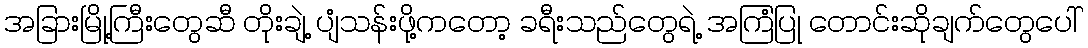
အခြားမြို့ကြီးတွေဆီ တိုးချဲ့ ပျံသန်းဖို့ကတော့ ခရီးသည်တွေရဲ့ အကြံပြု တောင်းဆိုချက်တွေပေါ်